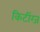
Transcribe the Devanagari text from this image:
किटींग्ज